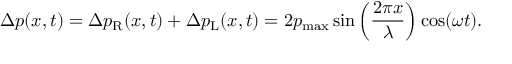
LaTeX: \Delta p ( x , t ) = \Delta p _ { \mathrm { R } } ( x , t ) + \Delta p _ { \mathrm { L } } ( x , t ) = 2 p _ { \mathrm { m a x } } \sin \left( { \frac { 2 \pi x } { \lambda } } \right) \cos ( \omega t ) .